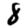
Digit: 8